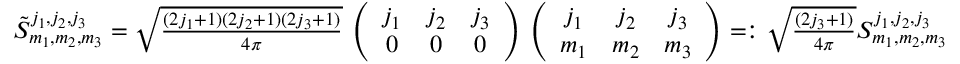
\begin{array} { r } { \tilde { S } _ { m _ { 1 } , m _ { 2 } , m _ { 3 } } ^ { j _ { 1 } , j _ { 2 } , j _ { 3 } } = \sqrt { \frac { ( 2 j _ { 1 } + 1 ) ( 2 j _ { 2 } + 1 ) ( 2 j _ { 3 } + 1 ) } { 4 \pi } } \, \left( \begin{array} { c c c } { j _ { 1 } } & { j _ { 2 } } & { j _ { 3 } } \\ { 0 } & { 0 } & { 0 } \end{array} \right) \, \left( \begin{array} { c c c } { j _ { 1 } } & { j _ { 2 } } & { j _ { 3 } } \\ { m _ { 1 } } & { m _ { 2 } } & { m _ { 3 } } \end{array} \right) = : \sqrt { \frac { ( 2 j _ { 3 } + 1 ) } { 4 \pi } } S _ { m _ { 1 } , m _ { 2 } , m _ { 3 } } ^ { j _ { 1 } , j _ { 2 } , j _ { 3 } } } \end{array}